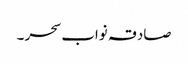
صادقہ نواب سحر ۔